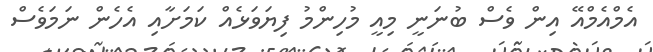
އެމްއެމްއޭ އިން ވެސް ބުނަނީ މިއީ މުހިންމު ފިޔަވަޅެއް ކަމަށާއި އެހެން ނަމަވެސް